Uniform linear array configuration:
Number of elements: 4
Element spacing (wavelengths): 0.25
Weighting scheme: kaiser
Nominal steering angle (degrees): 0
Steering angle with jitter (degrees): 1.282
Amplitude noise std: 0.05
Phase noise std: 0.05

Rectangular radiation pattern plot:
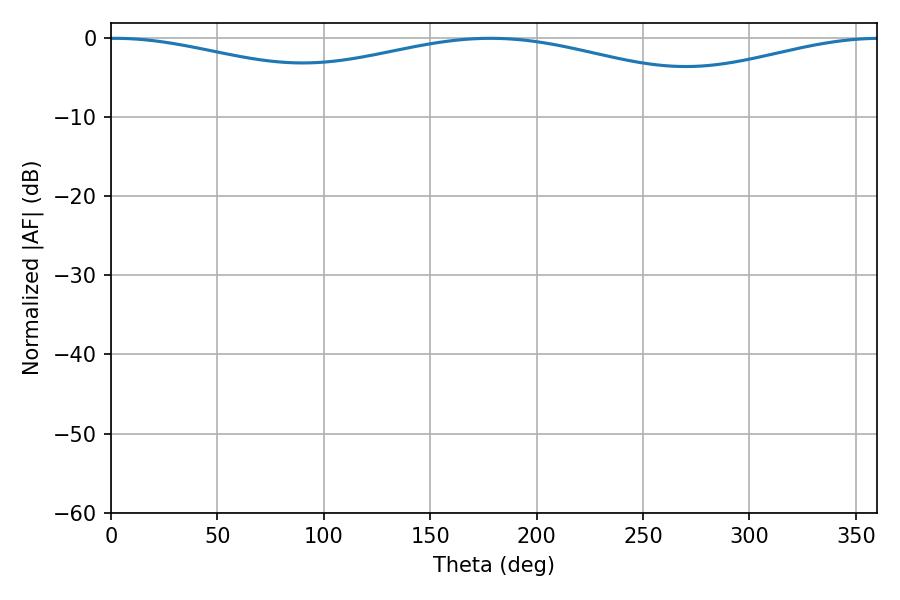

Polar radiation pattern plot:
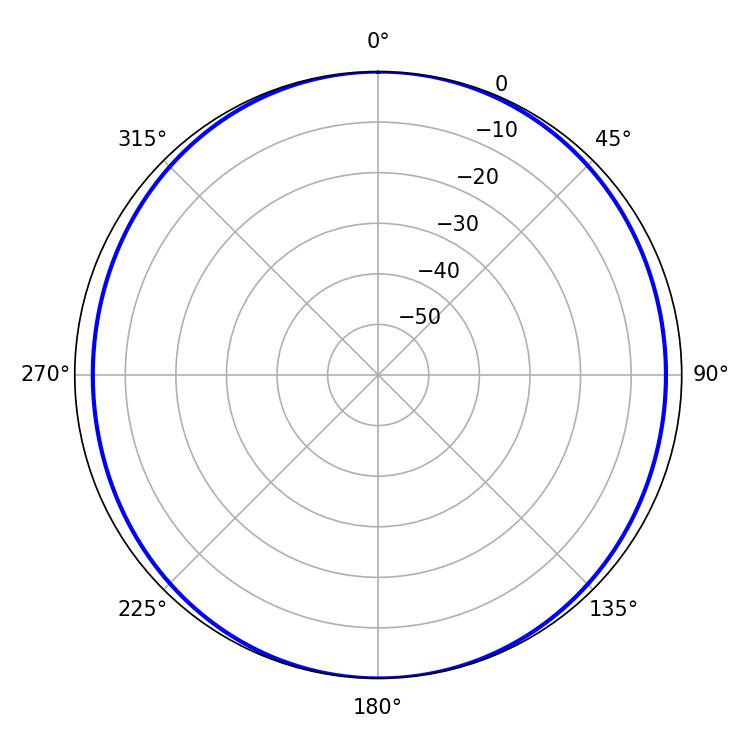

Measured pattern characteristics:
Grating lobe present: FALSE
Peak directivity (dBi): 13.576
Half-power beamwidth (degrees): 79.74
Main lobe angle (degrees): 1.62